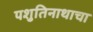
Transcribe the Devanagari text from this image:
पशुतिनाथाचा